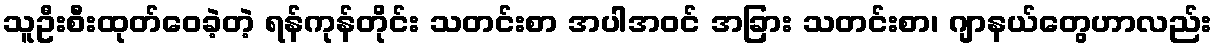
သူဦးစီးထုတ်ဝေခဲ့တဲ့ ရန်ကုန်တိုင်း သတင်းစာ အပါအဝင် အခြား သတင်းစာ၊ ဂျာနယ်တွေဟာလည်း